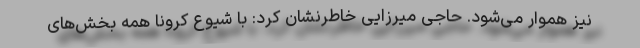
نیز هموار می‌شود. حاجی میرزایی خاطرنشان کرد: با شیوع کرونا همه بخش‌های